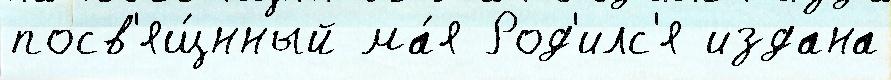
посв'ящ́нный ма́я Род'илс'я издана